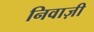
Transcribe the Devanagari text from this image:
निवाज़ी